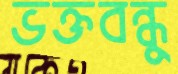
ভক্তবন্ধু